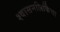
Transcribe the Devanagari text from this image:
श्वासनलिकिेचा